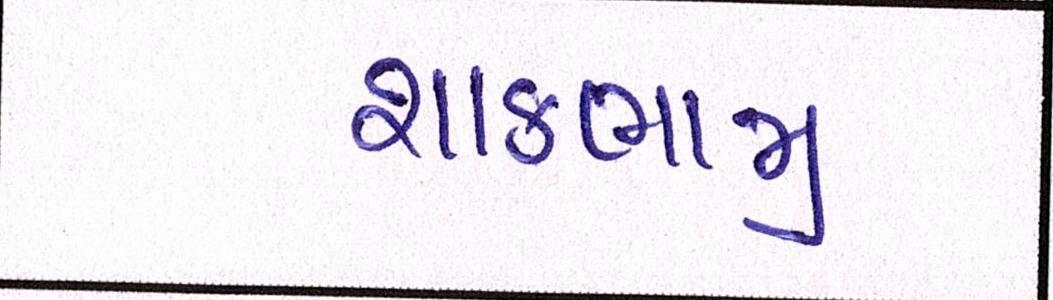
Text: શાકભાજી